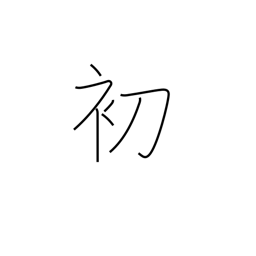
Meaning: beginning